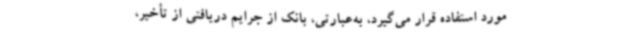
مورد استفاده قرار می‌گیرد، به‌عبارتی، بانک از جرایم دریافتی از تأخیر،